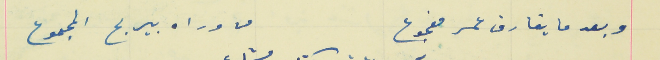
وبعد ما يفارق عمر مفجوع                                       من وراه بيربح المجموع